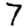
Digit: 7